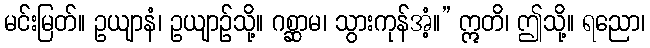
မင်းမြတ်။ ဥယျာနံ၊ ဥယျာဉ်သို့။ ဂစ္ဆာမ၊ သွားကုန်အံ့။” ဣတိ၊ ဤသို့။ ရညော၊